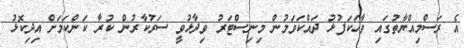
އެ ރަސްމިއްޔާތުގައި ވާހަކަފުޅު ދައްކަވަމުން މިނިސްޓަރު ވިދާޅުވީ ސަރުކާރުން ކުރާ ކަންކަމަށް އިދިކޮޅު